Note on the mental hospitals in Burma - 1925-1940
Year: 1925
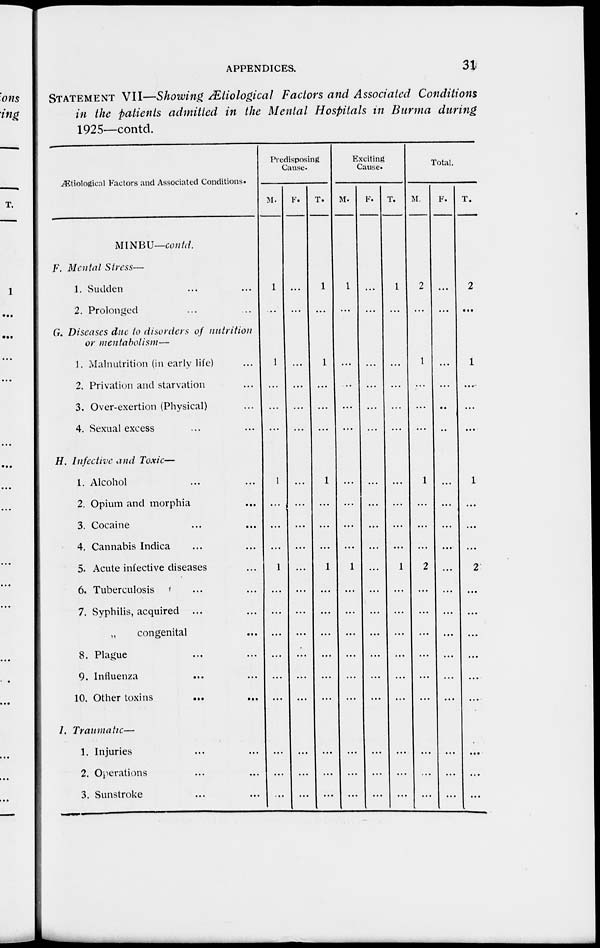
APPENDICES.
31
STATEMENT VII—Showing Ætiological Factors and Associated Conditions
in the patients admitted in the Mental Hospitals in Burma during
1925—contd.
Ætiological Factors and Associated Conditions.
MINBU—contd.
F. Mental Stress—
1. Sudden ... ...
2. Prolonged ... ...
G. Diseases due to disorders of nutrition
or mentabolism—
1. Malnutrition (in early life) ...
2. Privation and starvation ...
3. Over-exertion (Physical) ...
4. Sexual excess ... ...
H. Infective and Toxic—
1. Alcohol ... ...
2. Opium and morphia
...
3. Cocaine ... ...
4. Cannabis Indica ... ...
5. Acute infective diseases ...
6. Tuberculosis ... ...
7. Syphilis, acquired ... ...
„
congenital ...
8. Plague ... ...
9. Influenza ... ...
10. Other toxins
...
...
1. Traumatic—
1. Injuries ... ...
2. Operations ... ...
3. Sunstroke ... ...
Predisposing
Cause.
M.
1
...
1
...
...
...
1
...
...
...
1
...
...
...
...
...
...
...
...
...
F.
...
...
...
...
...
...
...
...
...
...
...
...
...
...
...
...
...
...
...
...
T.
1
...
1
...
...
...
1
...
...
...
1
...
...
...
...
...
...
...
...
...
Exciting
Cause.
M.
1
...
...
...
...
...
...
...
...
...
1
...
...
...
...
...
...
...
...
...
F.
...
...
...
...
...
...
...
...
...
...
...
...
...
...
...
...
...
...
...
...
T.
1
...
...
...
...
...
...
...
...
...
1
...
...
...
...
...
...
...
...
...
Total.
M.
2
...
1
...
...
...
1
...
...
...
2
...
...
...
...
...
...
...
...
...
F.
...
...
...
...
...
...
...
...
...
...
...
...
...
...
...
...
...
...
...
...
T.
2
...
1
...
...
...
1
...
...
...
2
...
...
...
...
...
...
...
...
...